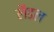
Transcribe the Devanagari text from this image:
लैडल